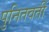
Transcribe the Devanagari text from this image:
पुनितवतीं